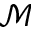
\mathcal { M }